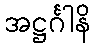
အဋ္ဌင်္ဂါနိ